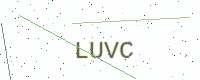
Text: LUVC